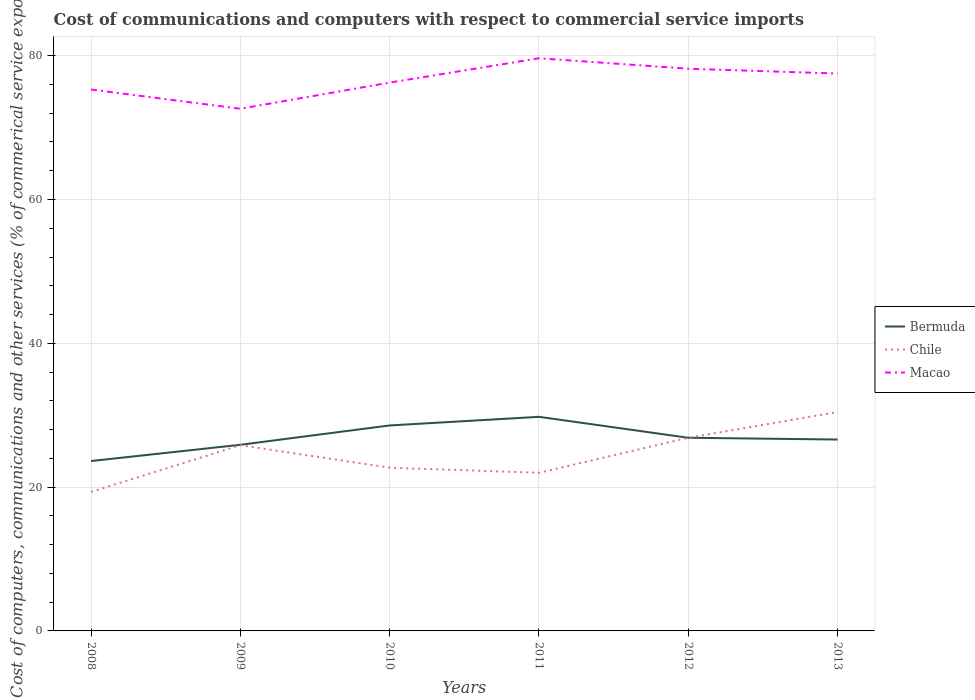
| Years | Bermuda | Chile | Macao |
 | --- | --- | --- | --- |
 | 2008 | 23.6 | 19.3 | 75.3 |
 | 2009 | 25.9 | 25.8 | 72.6 |
 | 2010 | 28.6 | 22.7 | 76.3 |
 | 2011 | 29.8 | 22 | 79.6 |
 | 2012 | 26.9 | 26.9 | 78.2 |
 | 2013 | 26.6 | 30.4 | 77.5 |